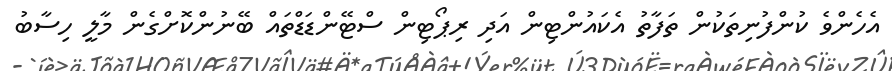
އެހެންވެ ކުންފުނިތަކުން ތަފާތު އެކައުންޓިން އަދި ރިޕޯޓިން ސްޓޭންޑަޑްތައް ބޭނުންކޮށްގެން މާލީ ހިސާބު